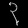
Digit: ၃